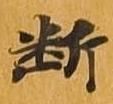
断